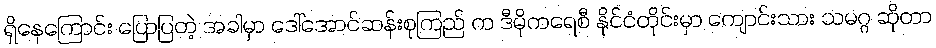
ရှိနေကြောင်း ပြောပြတဲ့ အခါမှာ ဒေါ်အောင်ဆန်းစုကြည် က ဒီမိုကရေစီ နိုင်ငံတိုင်းမှာ ကျောင်းသား သမဂ္ဂ ဆိုတာ